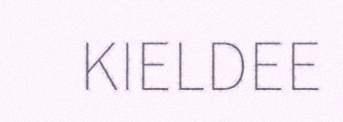
KIELDEE